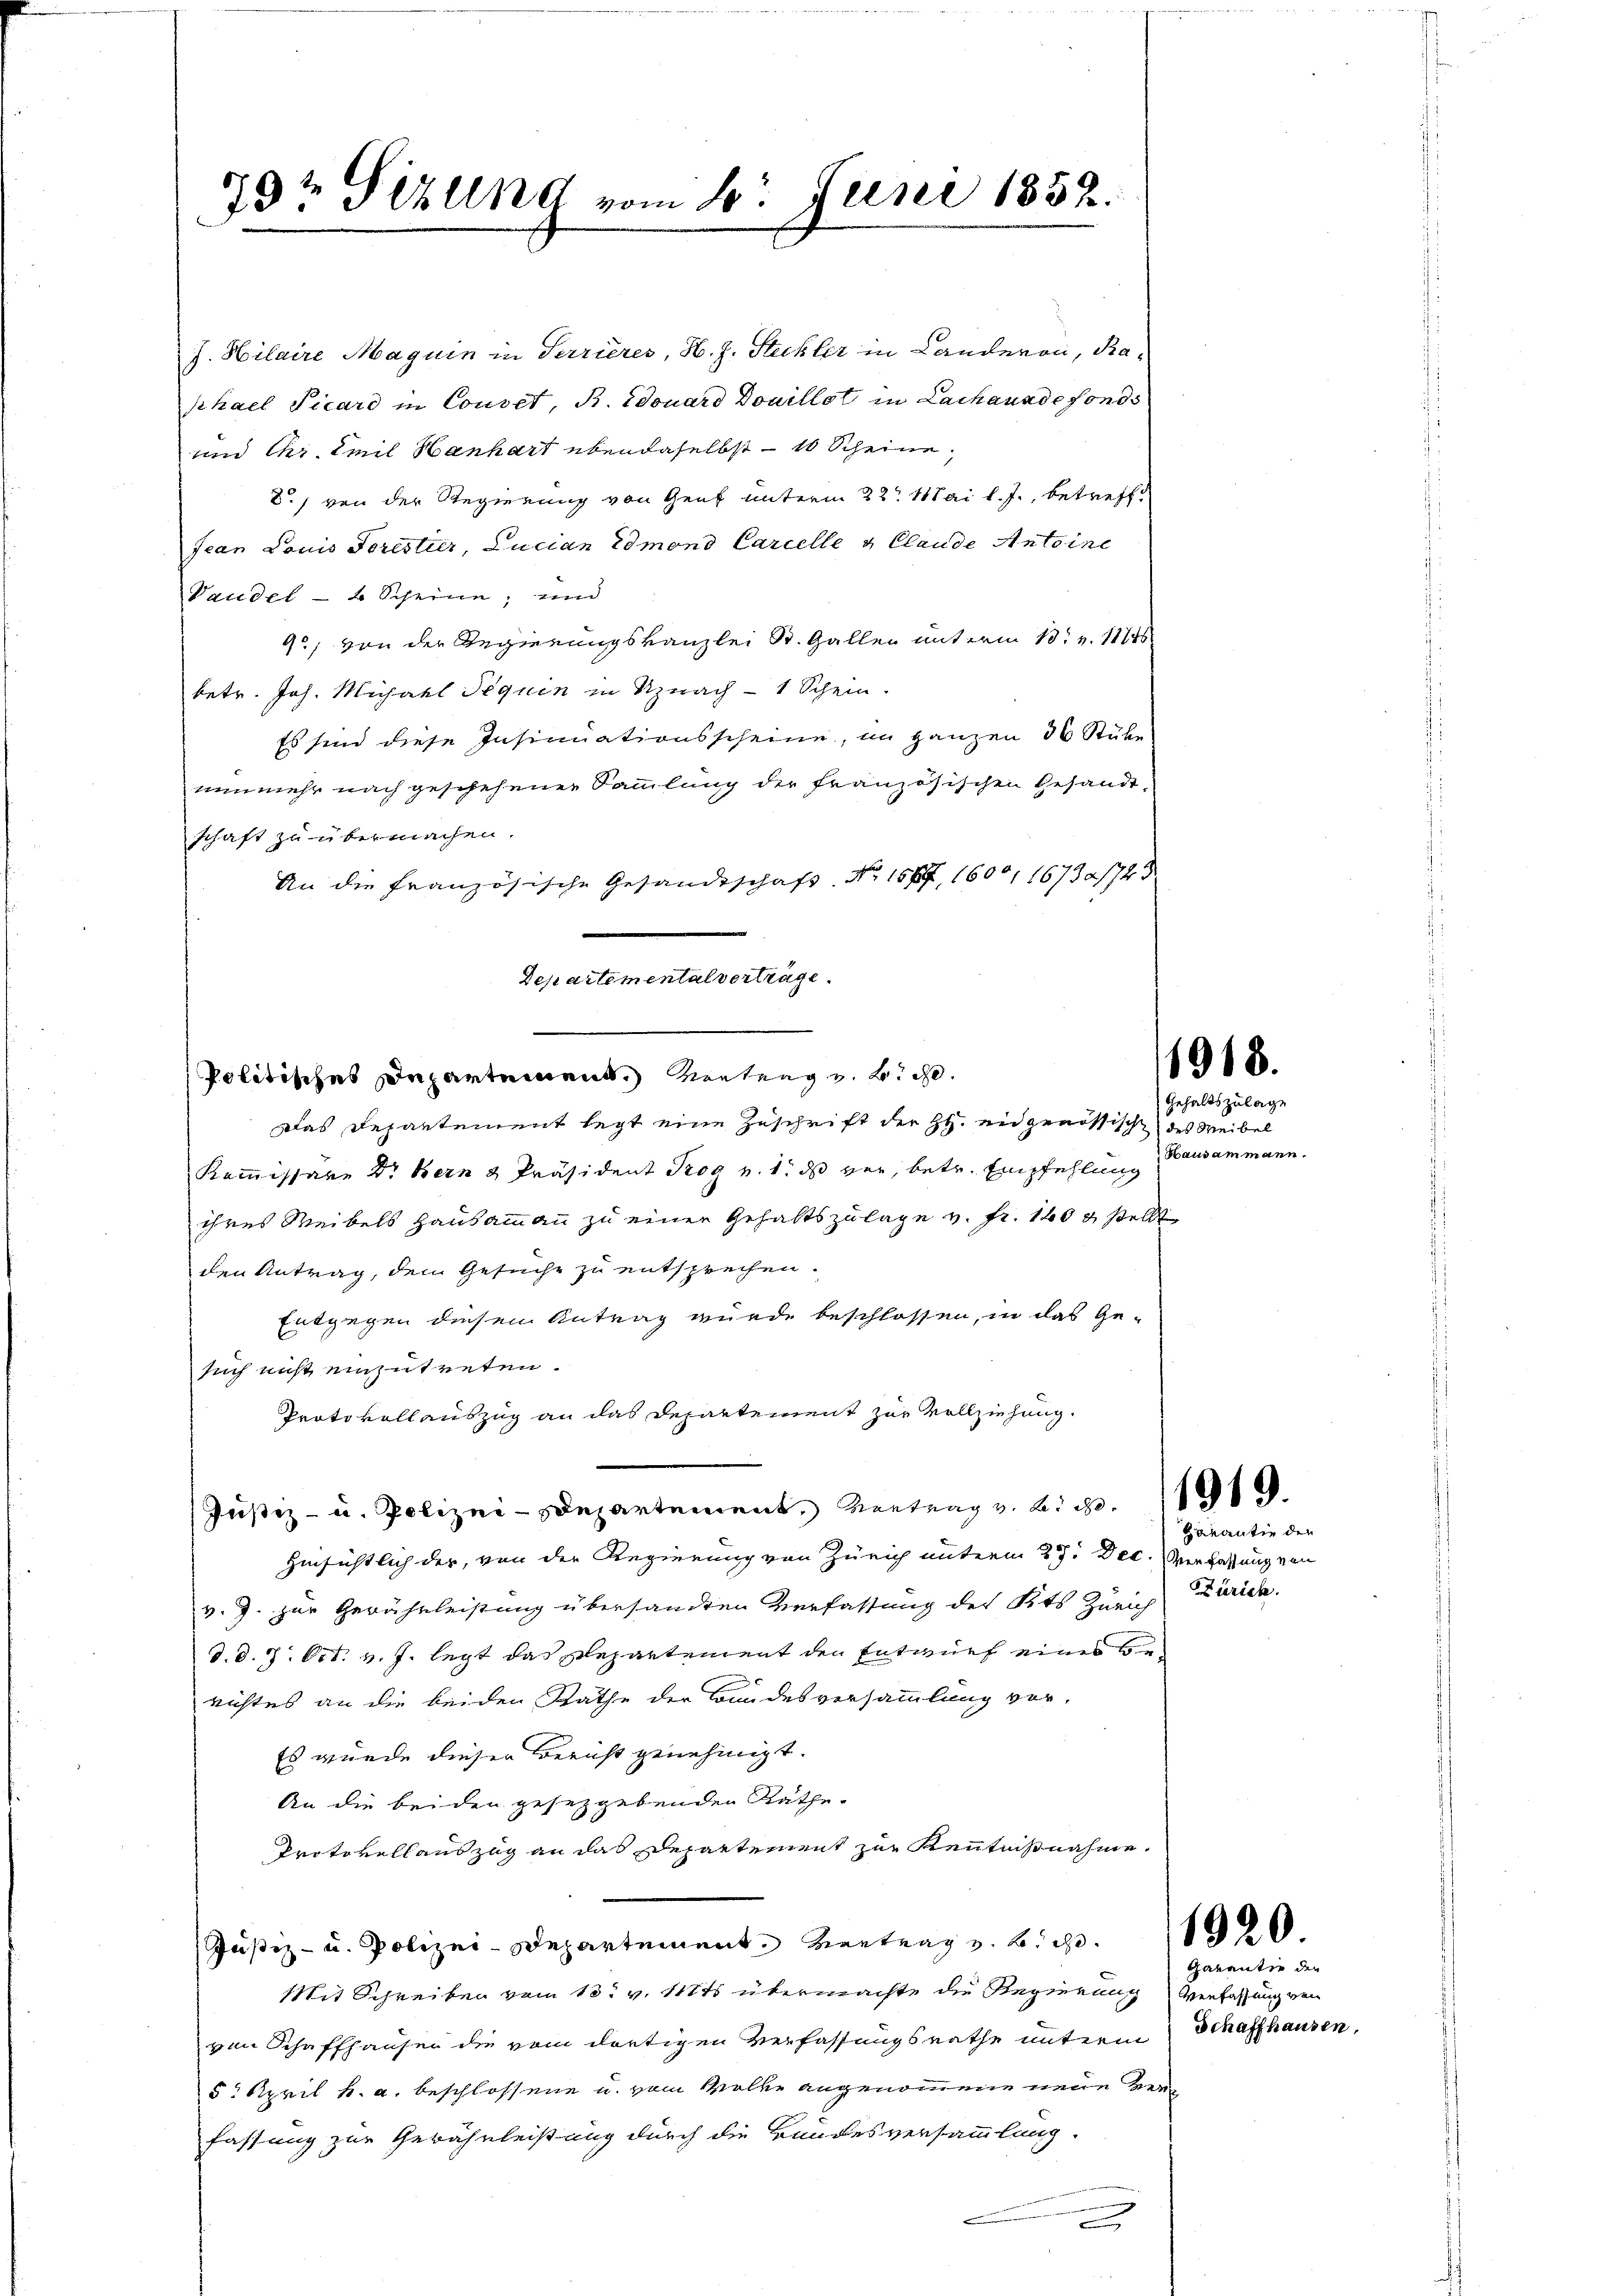
79t Sizung vom 10. Juni 1852.

J. Hilaire Maguin in Terrières, H. J. Steckler in Landeron, Raschael Picaro in Conset, B. Edouard Douillat in Lachanade fonds
und Chr. Emil Hanhart ebendaselbst - 10 Scheine,
2) von der Regierung von Genf unterm 22t Mai l. J., betreff
fian Louis Forestier, Lucian Edmond Carcelle u. Claude Antoine
Vaudel- & Scheine; und
9, von der Regierungskanzlei St. Gallen unterm 13. v. 11746.
betr. Joh. Michael Pequin in Uznach 1 Schein.
Es sind diese Insinuationsscheine, im ganzen 30 Stube
nunmehr nach geschehener Sammlung der französischen Gesandtschaft zu übermachen.
An die französische Gesandtschaft. Nr. 166, 1600, 1673/74
Politisches Departement. Vertrag v. 2. d.
Das Departement legt eine Zuschrift der H. eidgenössisch des Weibel
Kommissare Dr. Bern & Präsident Trog v. 1. ds vor, betr. Empfehlung
ihres Weibels Hausammann zu einer Gehaltszulage v. Fr. 140 u stellt
den Antrag, dem Gesuche zu entsprechen.
Entgegen diesen Antrag wurde beschlossen, in das Gesuch nicht einzutreten.
Protokollauszug an das Departement zur Vollziehung.
Justiz- u. Polizei-Departement, Vortrag z. B. d. 119.
Hinsichtlich der, von der Regierung von Zürich unterm 29. Dec. Verfassung von
v. J. zur Gewährleistung übersandten Verfassung des Kts Zürich Zürich.
d.d. 7. Oct. v. J. legt das Departement den Entwurf eines berichtes an die beiden Räthe der Bundesversammlung vor-
Es wurde dieser Bericht genehmigt.
An die beiden gesetzgebenden Räthe.
Protokollauszug an das Departement zur Kenntnißnahme.
Justiz- u. Polizei-Departement. Vertrag v. Biche
Mit Schreiben vom 15t v. Mts. übermachte die Regierung verfassung von
von Schaffhauser die vom dortigen Verfassungsrathe unterm Schaffhausen,
5. April h. a. beschlossene u. vom Wolke angenommene neue Berg
fassung zur Gewährleistung durch die Bundesversammlung.
e

Departementalverträge.

1918.

Gehaltszulage
Hausammann.

Havantin den

1920.

Garantie der